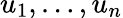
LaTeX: u_{1},\ldots,u_{n}